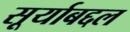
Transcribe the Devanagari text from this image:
सूर्याबद्दल